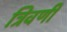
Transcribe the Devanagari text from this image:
त्रिवर्णी